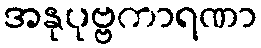
အနုပုဗ္ဗကာရဏာ